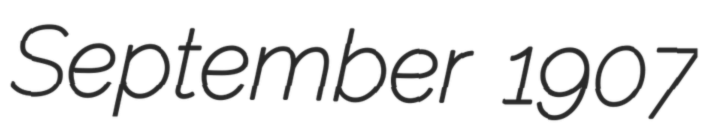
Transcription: September 1907